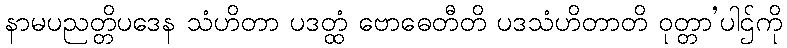
နာမပညတ္တိပဒေန သံဟိတာ ပဒတ္ထံ ဗောဓေတီတိ ပဒသံဟိတာတိ ဝုတ္တာ’ပါဌ်ကို